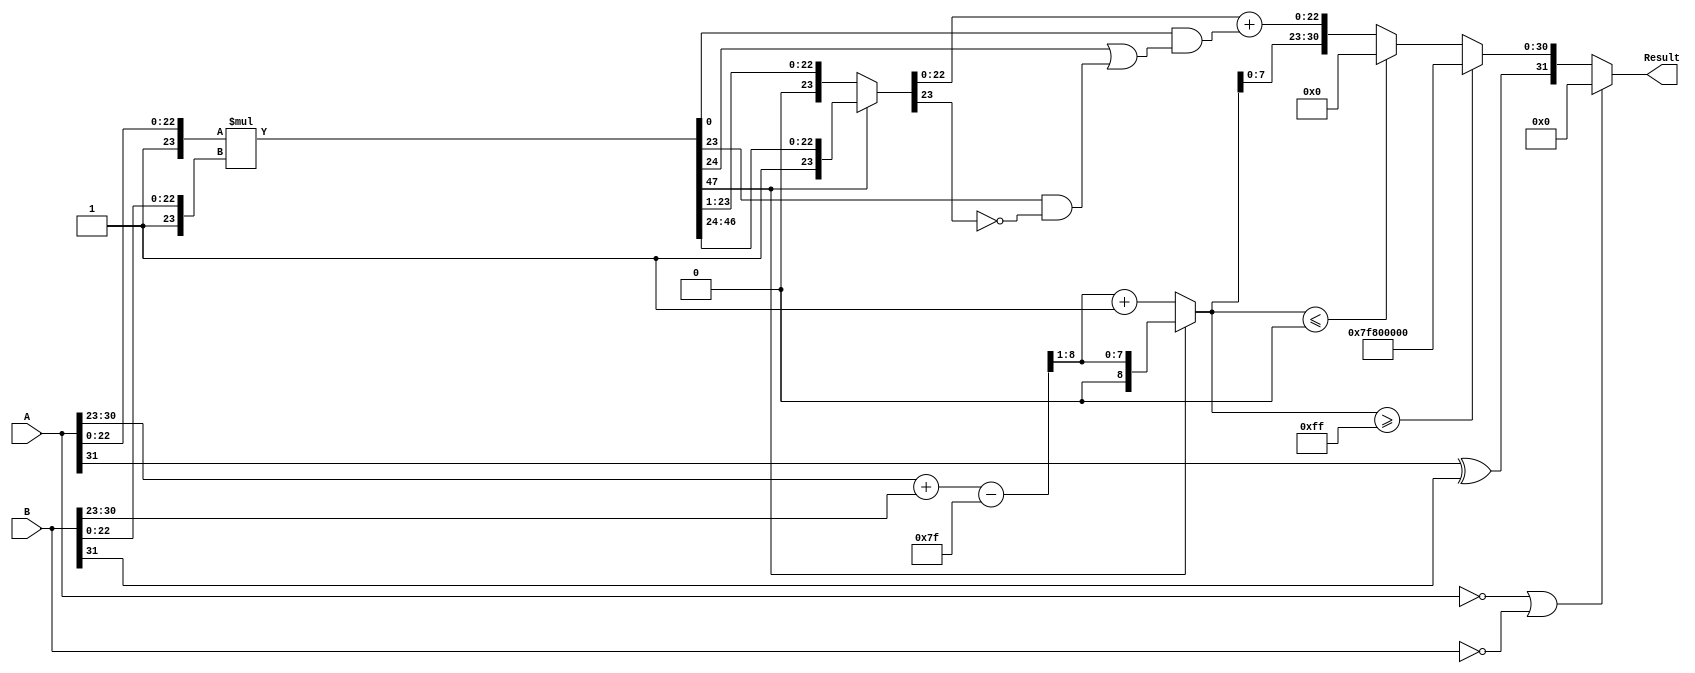
module floating_point_multiplier (
    input  wire [31:0] A, // First floating-point operand
    input  wire [31:0] B, // Second floating-point operand
    output reg  [31:0] Result // Product of A and B
);

    // Constants
    localparam BIAS = 8'd127;
    localparam EXPONENT_BITS = 8;
    localparam MANTISSA_BITS = 23;
    localparam MANTISSA_WIDTH = MANTISSA_BITS + 1; // Including implicit leading 1

    // Extracting fields from A
    wire sign_A = A[31];
    wire [EXPONENT_BITS-1:0] exponent_A = A[30:23];
    wire [MANTISSA_BITS-1:0] mantissa_A = A[22:0];

    // Extracting fields from B
    wire sign_B = B[31];
    wire [EXPONENT_BITS-1:0] exponent_B = B[30:23];
    wire [MANTISSA_BITS-1:0] mantissa_B = B[22:0];

    // Sign Calculation
    wire sign_result = sign_A ^ sign_B;

    // Exponent Calculation
    wire [EXPONENT_BITS:0] exponent_result_raw = {1'b0, exponent_A} + {1'b0, exponent_B} - BIAS;
    wire [EXPONENT_BITS-1:0] exponent_result = exponent_result_raw[EXPONENT_BITS:1]; // Truncate to 8 bits

    // Mantissa Calculation
    wire [MANTISSA_WIDTH-1:0] mantissa_A_extended = {1'b1, mantissa_A}; // Implicit leading 1
    wire [MANTISSA_WIDTH-1:0] mantissa_B_extended = {1'b1, mantissa_B}; // Implicit leading 1
    wire [2*MANTISSA_WIDTH-1:0] mantissa_product = mantissa_A_extended * mantissa_B_extended; // 48 bits

    // Normalization
    reg [MANTISSA_WIDTH-1:0] mantissa_result;
    reg [EXPONENT_BITS:0] exponent_adjusted;
    always @(*) begin
        if (mantissa_product[2*MANTISSA_WIDTH-1]) begin
            // Already normalized
            mantissa_result = mantissa_product[MANTISSA_WIDTH +: MANTISSA_WIDTH];
            exponent_adjusted = exponent_result;
        end else begin
            // Shift right to normalize
            mantissa_result = mantissa_product[MANTISSA_WIDTH-1:1]; // Right shift
            exponent_adjusted = exponent_result + 1; // Increment exponent
        end
    end

    // Rounding (Round to nearest even)
    wire [MANTISSA_WIDTH-1:0] mantissa_rounded;
    assign mantissa_rounded = mantissa_result + (mantissa_product[0] && (mantissa_product[MANTISSA_WIDTH] || (mantissa_product[MANTISSA_WIDTH-1] && ~mantissa_result[MANTISSA_WIDTH-1])));

    // Output Assembly
    always @(*) begin
        if (A == 32'b0 || B == 32'b0) begin
            Result = 32'b0; // Handle zero case
        end else if (exponent_adjusted >= 8'd255) begin
            Result = {sign_result, 8'b11111111, 23'b0}; // Overflow to infinity
        end else if (exponent_adjusted <= 8'd0) begin
            Result = {sign_result, 8'b0, 23'b0}; // Underflow to zero
        end else begin
            Result = {sign_result, exponent_adjusted[EXPONENT_BITS-1:0], mantissa_rounded[MANTISSA_BITS-1:0]};
        end
    end

endmodule